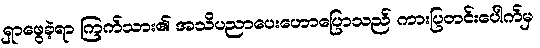
ရှာဖွေခဲ့ရာ ကြက်သား၏ အသိပညာပေးဟောပြောသည် ကားပြတင်းပေါက်မှ